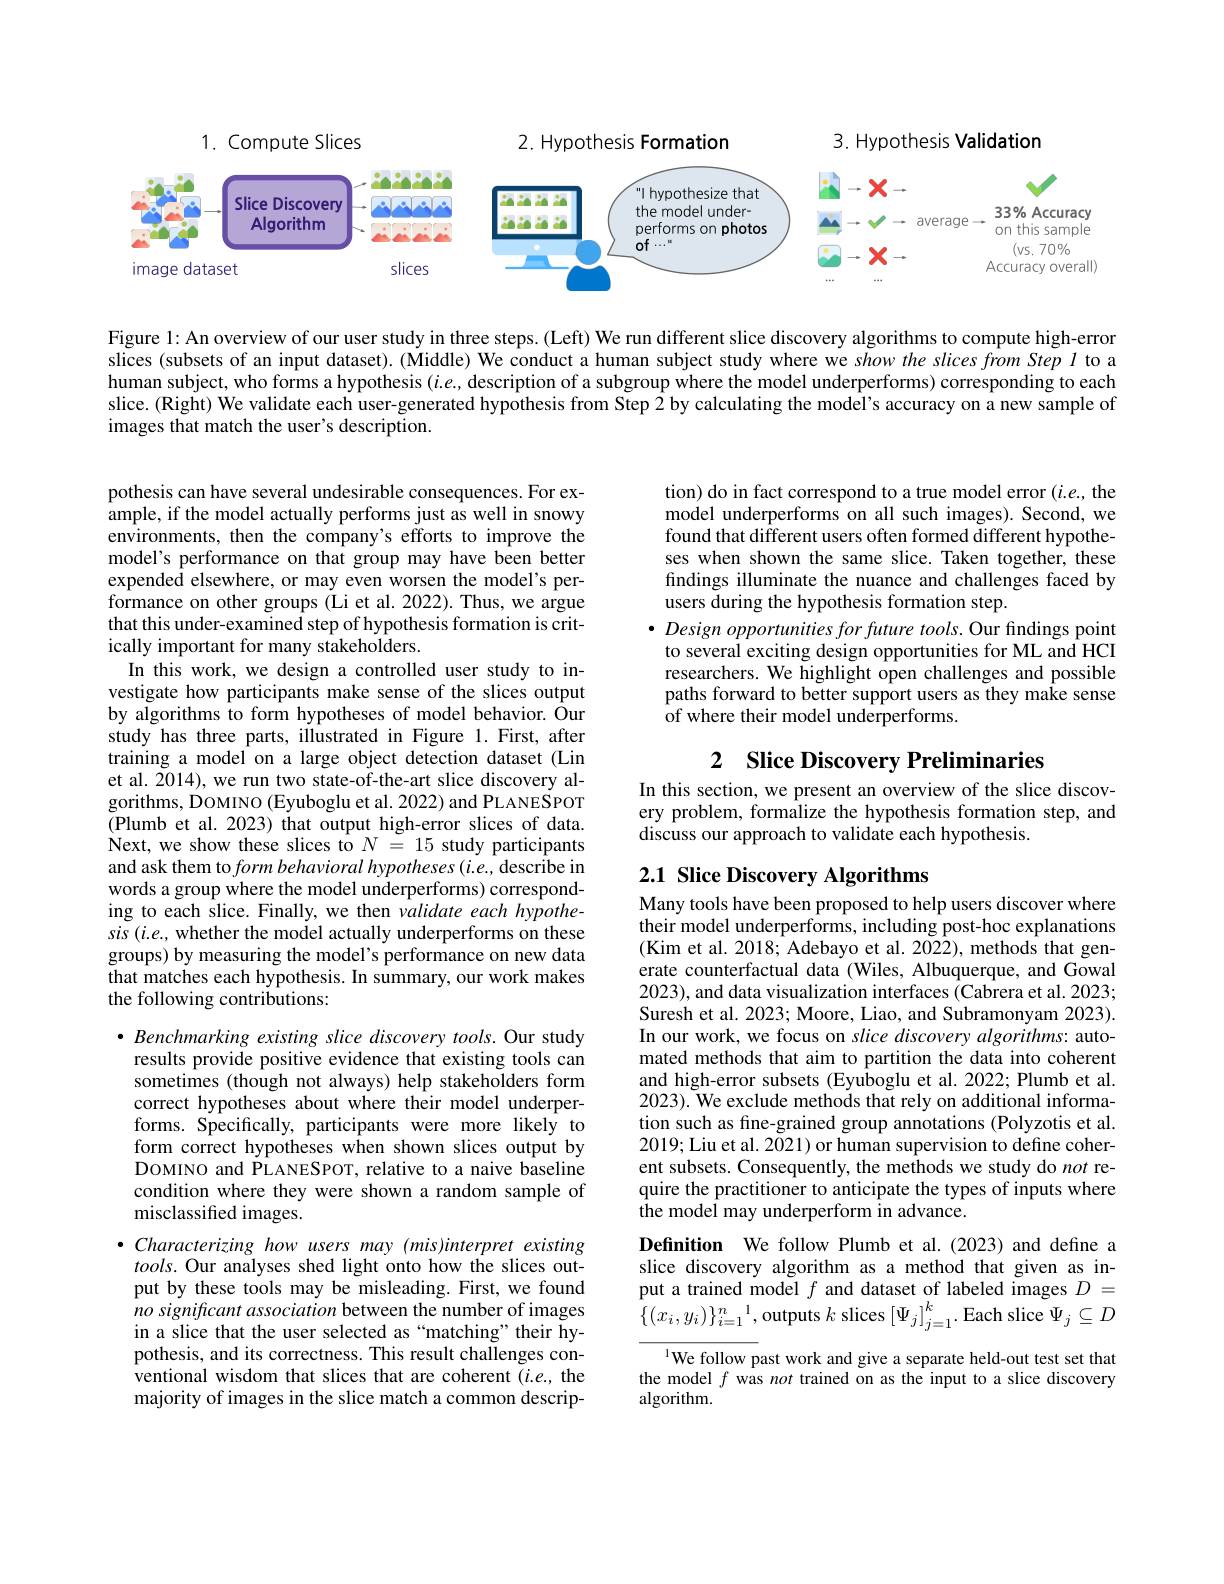
3. Hypothesis Validation

1. Compute Slices

2. Hypothesis Formation

<FigureHere>

Figure 1: An overview of our user study in three steps. (Left) We run different slice discovery algorithms to compute high-error slices (subsets of an input dataset). (Middle) We conduct a human subject study where we show the slices from Step $l$ to a human subject, who forms a hypothesis $(i.e$, description of a subgroup where the model underperforms) corresponding to each slice. (Right) We validate each user-generated hypothesis from Step 2 by calculating the model's accuracy on a new sample of images that match the user's description.

tion) do in fact correspond to a true model error $(i.e.$, the model underperforms on all such images). Second, we found that different users often formed different hypotheses when shown the same slice. Taken together, these findings illuminate the nuance and challenges faced by users during the hypothesis formation step.
$\bullet$ Design opportunities for future tools. Our findings point
to several exciting design opportunities for ML and HCI researchers. We highlight open challenges and possible paths forward to better support users as they make sense of where their model underperforms.

pothesis can have several undesirable consequences. For example, if the model actually performs just as well in snowy environments, then the company's efforts to improve the model's performance on that group may have been better expended elsewhere, or may even worsen the model's performance on other groups (Li et al. 2022).Thus, we argue that this under-examined step of hypothesis formation is critically important for many stakeholders.
In this work, we design a controlled user study to investigate how participants make sense of the slices output by algorithms to form hypotheses of model behavior. Our study has three parts, illustrated in Figure 1. First, after training a model on a large object detection dataset (Lin et al. 2014), we run two state-of-the-art slice discovery algorithms, DOMINO (Eyuboglu et al. 2022) and PLANESPOT (Plumb et al. 2023) that output high-error slices of data. Next, we show these slices to $N=15$ study participants and ask them to form behavioral hypotheses (i.e., describe in words a group where the model underperforms) corresponding to each slice. Finally, we then validate each hypothe- $sis(i.e.$, whether the model actually underperforms on these groups) by measuring the model's performance on new data that matches each hypothesis. In summary, our work makes the following contributions:

2 Slice Discovery Preliminaries

In this section, we present an overview of the slice discovery problem, formalize the hypothesis formation step, and discuss our approach to validate each hypothesis.

# 2.1 Slice Discovery Algorithms

Many tools have been proposed to help users discover where their model underperforms, including post-hoc explanations (Kim et al. 2018; Adebayo et al. 2022), methods that generate counterfactual data (Wiles, Albuquerque, and Gowal 2023), and data visualization interfaces (Cabrera et al. 2023; Suresh et al. 2023; Moore, Liao, and Subramonyam 2023). In our work, we focus on slice discovery algorithms: automated methods that aim to partition the data into coherent and high-error subsets (Eyuboglu et al.2022; Plumb et al. 2023). We exclude methods that rely on additional information such as fine-grained group annotations (Polyzotis et al. 2019; Liu et al. 2021) or human supervision to define coherent subsets. Consequently, the methods we study do not require the practitioner to anticipate the types of inputs where the model may underperform in advance.

$\bullet$ Benchmarking existing slice discovery tools. Our study results provide positive evidence that existing tools can sometimes (though not always) help stakeholders form correct hypotheses about where their model underperforms. Specifically, participants were more likely to form correct hypotheses when shown slices output by DOMINO and $\hat{\text{PLANESPOT, relative to a naive baseline}}$ condition where they were shown a random sample of misclassified images.

Definition We follow Plumb et al.(2023) and define a slice discovery algorithm as a method that given as input a trained model $f$ and dataset of labeled images $D=$ $\{(x_i,y_i)\}_{i=1}^n{}^1$,outputs $k$ slices $[\Psi_j]_j=1^k.$ Each slice $\Psi_j\subseteq D$

$\bullet Characterizing$ how users may (mis)interpret existing tools. Our analyses shed light onto how the slices output by these tools may be misleading. First, we found no significant association between the number of images in a slice that the user selected as“matching”their hypothesis, and its correctness. This result challenges conventional wisdom that slices that are coherent $(i.e.$, the majority of images in the slice match a common descrip-

$^{1}$We follow past work and give a separate held-out test set that the model $f$ was not trained on as the input to a slice discovery algorithm.